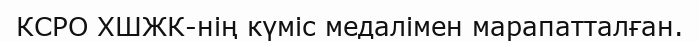
КСРО ХШЖК-нің күміс медалімен марапатталған.